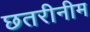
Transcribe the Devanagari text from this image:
छतरीनीम